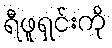
ရီဖူရှင်းကို